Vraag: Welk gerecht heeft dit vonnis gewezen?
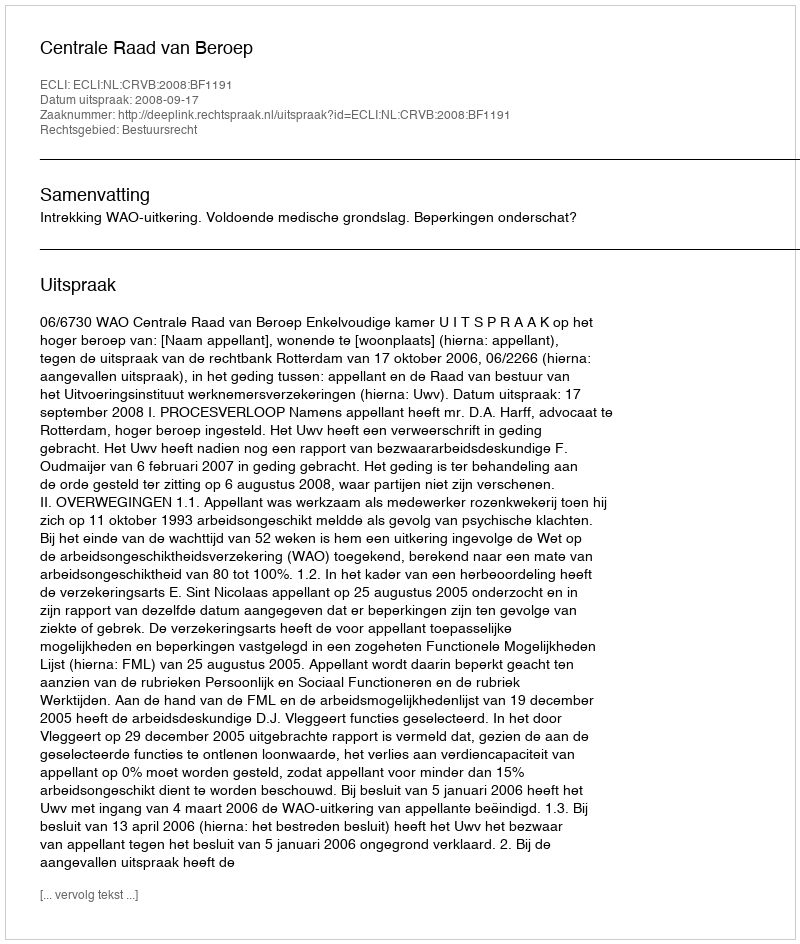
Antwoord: Centrale Raad van Beroep